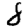
Digit: 8